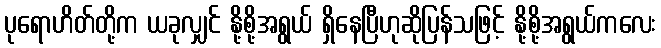
ပုရောဟိတ်တို့က ယခုလျှင် နို့စို့အရွယ် ရှိနေပြီဟုဆိုပြန်သဖြင့် နို့စို့အရွယ်ကလေး